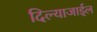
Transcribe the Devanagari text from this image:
दिल्याजाईल